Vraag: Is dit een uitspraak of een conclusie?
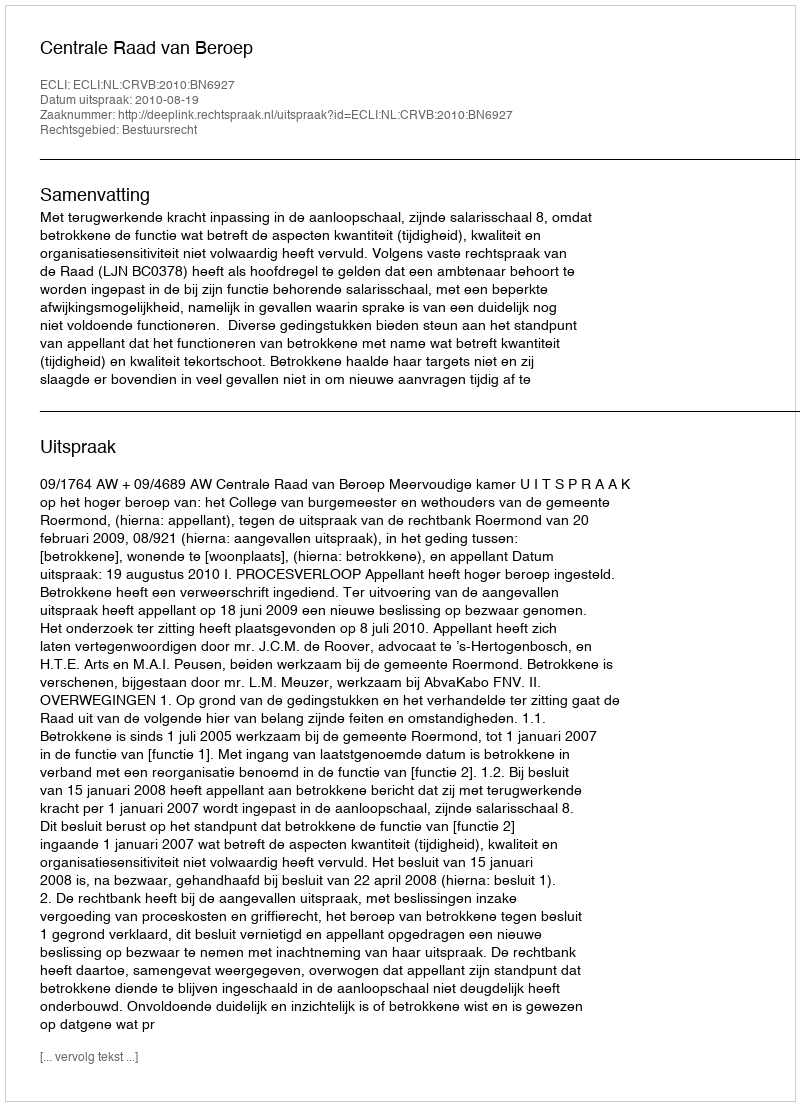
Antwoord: Uitspraak